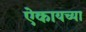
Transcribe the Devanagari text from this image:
ऐकायच्या